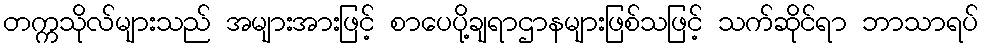
တက္ကသိုလ်များသည် အများအားဖြင့် စာပေပို့ချရာဌာနများဖြစ်သဖြင့် သက်ဆိုင်ရာ ဘာသာရပ်